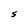
Character: S